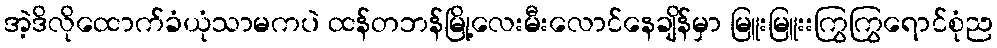
အဲ့ဒိလိုထောက်ခံယုံသာမကပဲ ထန်တဘန်မြို့လေးမီးလောင်နေချိန်မှာ မြူးမြူးးကြွကြွရောင်စုံည